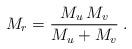
LaTeX: \begin{align*}M_r = \frac{M_u\,M_v}{M_u+M_v}\;.\end{align*}